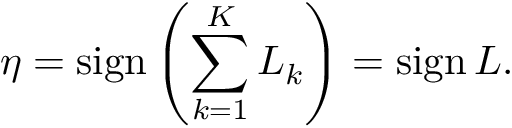
\eta = \mathrm { s i g n } \left( \sum _ { k = 1 } ^ { K } L _ { k } \right) = \mathrm { s i g n } \, L .